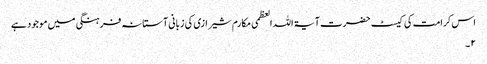
اس کرامت کی کیسٹ حضرت آیۃ اللہ العظمی مکارم شیرازی کی زبانی آستانہ فرہنگی میں موجود ہے
۲ ۔